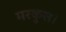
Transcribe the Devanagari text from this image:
मरकुस।